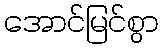
အောင်မြင်စွာ